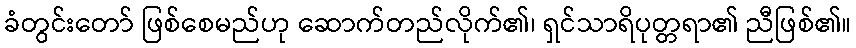
ခံတွင်းတော် ဖြစ်စေမည်ဟု ဆောက်တည်လိုက်၏၊ ရှင်သာရိပုတ္တရာ၏ ညီဖြစ်၏။